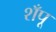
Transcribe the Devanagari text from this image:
शँपू